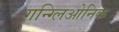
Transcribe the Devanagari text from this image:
गन्ग्लिओनिक